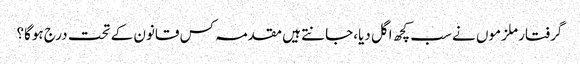
گرفتار ملزموں نے سب کچھ اگل دیا،جانتے ہیں مقدمہ کس قانون کے تحت درج ہوگا؟